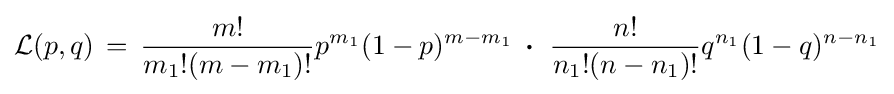
{\mathcal {L}}(p,q)\,=\,{\frac {m!}{m_{1}!(m-m_{1})!}}p^{m_{1}}(1-p)^{m-m_{1}}\;\,{\boldsymbol {\cdot }}\;\;{\frac {n!}{n_{1}!(n-n_{1})!}}q^{n_{1}}(1-q)^{n-n_{1}}